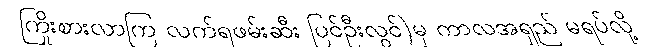
ကြိုးစားလာကြ လက်ရဖမ်းဆီး ပြင်ဦးလွင်)မှ ကာလအရှည် မရပ်လို့